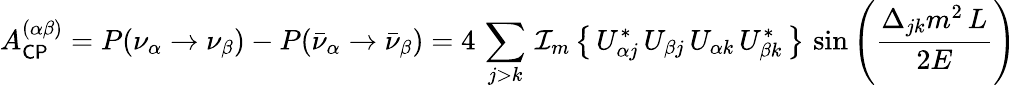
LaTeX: A_{\mathsf{CP}}^{(\alpha\beta)}=P(\nu_{\alpha}\rightarrow\nu_{\beta})-P({\bar{\nu}}_{\alpha}\rightarrow{\bar{\nu}}_{\beta})=4\, \sum_{j>k}\, \operatorname{\mathcal{I_{m}}}\left\{ \, U_{\alpha j}^{*}\, U_{\beta j}\, U_{\alpha k}\, U_{\beta k}^{*}\, \right\} \, \sin\left({\frac{\Delta_{jk}m^{2}\, L}{2E}}\right)